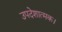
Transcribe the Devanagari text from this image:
उपदेशात्मक।